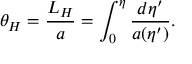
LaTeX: \theta _ { H } = { \frac { L _ { H } } { a } } = \int _ { 0 } ^ { \eta } { \frac { d \eta ^ { \prime } } { a ( \eta ^ { \prime } ) } } .